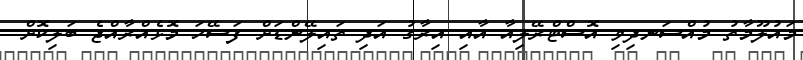
މައުލޫމާތު މުއްސަނދިވި އޮސްޓްރޭލިއާ އާއި އިރާގު އަދި ތައިލޭންޑަށް ފަސޭހަ މޮޅެއްރާއްޖެ ބަލިކޮށް